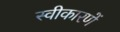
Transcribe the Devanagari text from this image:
स्वीकारणें